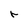
Character: r